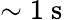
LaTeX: \sim 1\mathrm{~s~}